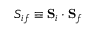
{ S } _ { i f } \equiv { \bf S } _ { i } \cdot { \bf S } _ { f }